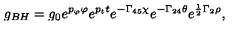
\displaystyle { g _ { B H } = g _ { 0 } e ^ { p _ { \varphi } \varphi } e ^ { p _ { t } t } e ^ { - \Gamma _ { 4 5 } \chi } e ^ { - \Gamma _ { 2 4 } \theta } e ^ { \frac { 1 } { 2 } \Gamma _ { 2 } \rho } } ,